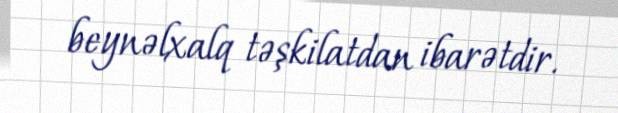
beynəlxalq təşkilatdan ibarətdir.